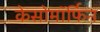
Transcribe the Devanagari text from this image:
केसोमॉर्फिन